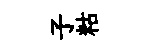
子䊀